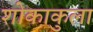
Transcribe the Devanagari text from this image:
शोकाकुला